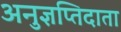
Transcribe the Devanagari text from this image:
अनुज्ञप्तिदाता